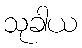
သုခါယ